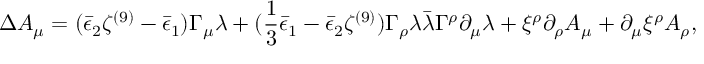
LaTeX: \Delta A _ { \mu } = ( \bar { \epsilon } _ { 2 } \zeta ^ { ( 9 ) } - \bar { \epsilon } _ { 1 } ) \Gamma _ { \mu } \lambda + ( { \frac { 1 } { 3 } } \bar { \epsilon } _ { 1 } - \bar { \epsilon } _ { 2 } \zeta ^ { ( 9 ) } ) \Gamma _ { \rho } \lambda \bar { \lambda } \Gamma ^ { \rho } \partial _ { \mu } \lambda + \xi ^ { \rho } \partial _ { \rho } A _ { \mu } + \partial _ { \mu } \xi ^ { \rho } A _ { \rho } ,